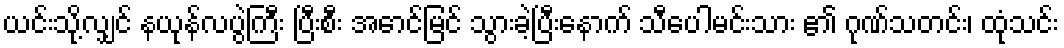
ယင်းသို့လျှင် နယုန်လပွဲကြီး ပြီးစီး အောင်မြင် သွားခဲ့ပြီးနောက် သီပေါမင်းသား ၏ ဂုဏ်သတင်း၊ ထုံသင်း